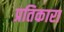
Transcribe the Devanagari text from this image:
प्रतिकारा